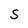
Character: S